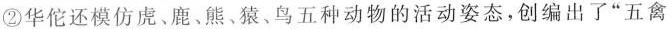
②华佗还模仿虏、鹿﹑熊、猿、鸟五种动物的活动姿态，创编出了”五禽